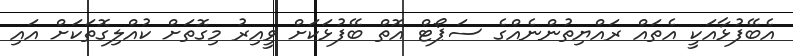
އެބޭފުޅާއަކީ އެތައް ރައްޔިތުންނެއްގެ ސަޕޯޓް އޮތް ބޭފުޅަކަށް ވީއިރު މިގޮތަށް ކުއްލިގޮތަކަށް އައި